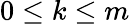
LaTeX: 0\leq k\leq m